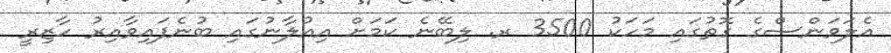
އެލަވަންސްގެ ގޮތުގައި މަހަކު 3500 ރ. ލިބޭނެ ކަމަށް އިއުލާނުގައި ބުނެފައިވާއިރު ހާޒިރީ